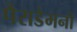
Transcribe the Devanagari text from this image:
पैराडेमनों